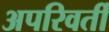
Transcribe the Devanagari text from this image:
अपरिवर्तीं